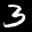
Label: 3